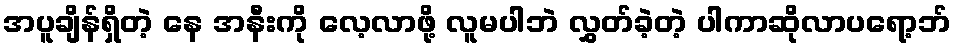
အပူချိန်ရှိတဲ့ နေ အနီးကို လေ့လာဖို့ လူမပါဘဲ လွှတ်ခဲ့တဲ့ ပါကာဆိုလာပရော့ဘ်